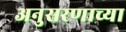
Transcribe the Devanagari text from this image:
अनुसरणाच्या